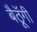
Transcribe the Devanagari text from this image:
बैठॅूगी